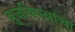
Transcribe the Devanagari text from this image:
बुजविण्याचा